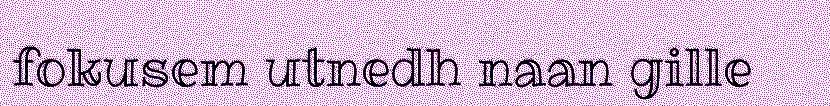
fokusem utnedh naan gille